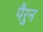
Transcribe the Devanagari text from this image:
पैरुन